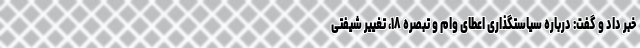
خبر داد و گفت: درباره سیاستگذاری اعطای وام و تبصره ۱۸، تغییر شیفتی